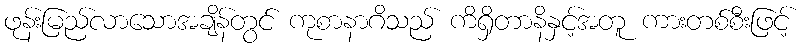
ဖုန်းမြည်လာသောအချိန်တွင် ကုစာနာဂိသည် ကိရှိတာနိနှင့်အတူ ကားတစ်စီးဖြင့်